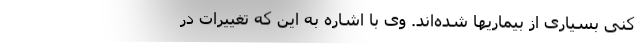
کنی بسیاری از بیماریها شده‌اند. وی با اشاره به این که تغییرات در